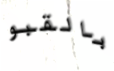
بالقبو